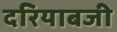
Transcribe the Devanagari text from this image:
दरियाबजी